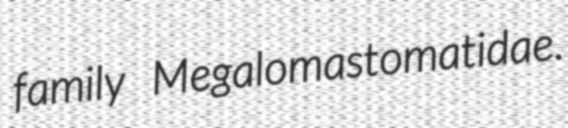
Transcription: family Megalomastomatidae.